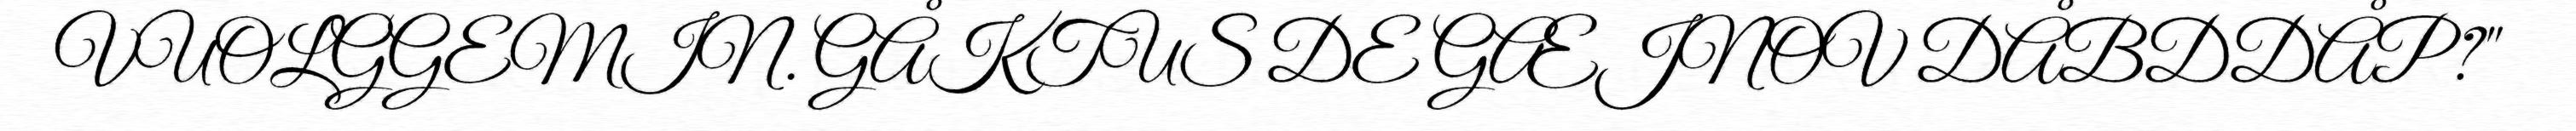
VUOLGGEMIN. GÅKTUS DE GÆJNOV DÅBDDÅP?"